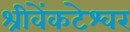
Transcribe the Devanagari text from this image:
श्रीवेंकटेश्वर